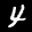
Label: 4